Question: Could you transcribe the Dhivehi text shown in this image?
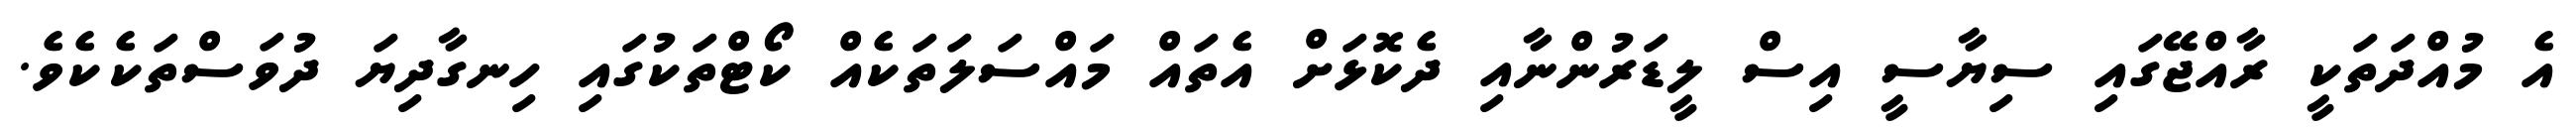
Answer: އެ މުއްދަތަކީ ރާއްޖޭގައި ސިޔާސީ އިސް ލީޑަރުންނާއި ދެކޮޅަށް އެތައް މައްސަލަތަކެއް ކޯޓްތަކުގައި ހިނގާދިޔަ ދުވަސްތަކެކެވެ.